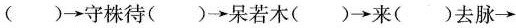
()→守株待()>呆若木()→来()去脉→